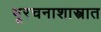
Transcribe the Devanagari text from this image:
भूरचनाशास्त्रात